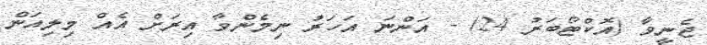
ޖެނީވާ (އޮކްޓޯބަރު 24) - އަންނަ އަހަރު ނިމެންވާ އިރަށް އެއް މިލިއަން